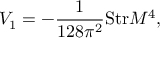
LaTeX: V _ { 1 } = - { \frac { 1 } { 1 2 8 \pi ^ { 2 } } } \mathrm { S t r } { \cal M } ^ { 4 } ,